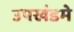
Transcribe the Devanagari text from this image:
उपखंडमे